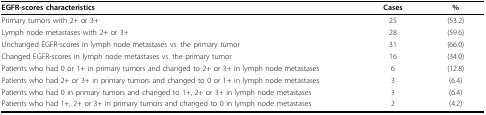
<table><thead><tr><td><b>EGFR-scores characteristics</b></td><td><b>Cases</b></td><td><b>%</b></td></tr></thead><tbody><tr><td>Primary tumors with 2+ or 3+</td><td>25</td><td>(53.2)</td></tr><tr><td>Lymph node metastases with 2+ or 3+</td><td>28</td><td>(59.6)</td></tr><tr><td>Unchanged EGFR-scores in lymph node metastases vs. the primary tumor</td><td>31</td><td>(66.0)</td></tr><tr><td>Changed EGFR-scores in lymph node metastases vs. the primary tumor</td><td>16</td><td>(34.0)</td></tr><tr><td>Patients who had 0 or 1+ in primary tumors and changed to 2+ or 3+ in lymph node metastases</td><td>6</td><td>(12.8)</td></tr><tr><td>Patients who had 2+ or 3+ in primary tumors and changed to 0 or 1+ in lymph node metastases</td><td>3</td><td>(6.4)</td></tr><tr><td>Patients who had 0 in primary tumors and changed to 1+, 2+ or 3+ in lymph node metastases</td><td>3</td><td>(6.4)</td></tr><tr><td>Patients who had 1+, 2+ or 3+ in primary tumors and changed to 0 in lymph node metastases</td><td>2</td><td>(4.2)</td></tr></tbody></table>